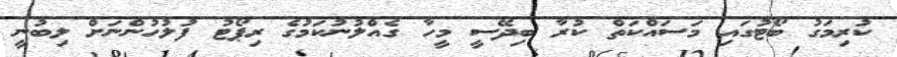
ކުރިމަގު ބޯޓުގައި މަސައްކަތް ކުރާ ބިދޭސީ މީހާ ގެއްލުނުކަމުގެ ރިޕޯޓު ފުލުހުންނަށް ލިބުނީ